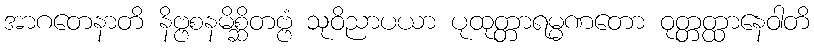
အာဂတေနာတိ နိဗ္ဗစနမိစ္ဆိတဗ္ဗံ သုဝိညာပယာ ပုထုတ္တာရမ္မဏတော ဝုတ္တတ္ထာနေဝါတိ